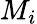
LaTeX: M_{i}